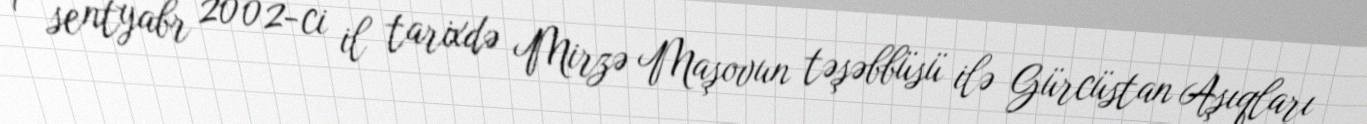
1 sentyabr 2002-ci il tarixdə Mirzə Maşovun təşəbbüsü ilə Gürcüstan Aşıqları